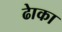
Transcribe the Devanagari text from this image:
ढाेका